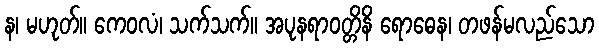
န၊ မဟုတ်။ ကေဝလံ၊ သက်သက်။ အပုနရာဝတ္တိနိ ရောဓေန၊ တဖန်မလည်သော